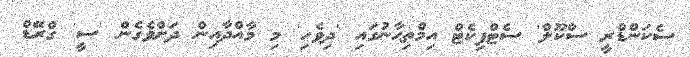
ސެކަންޑްރީ ސްކޫލް' ސެޓްފިކެޓް އިމްތިޙާނުގައި 'ދިވެހި' މި މާއްދާއިން ދަށްވެގެން 'ސީ' ގްރޭޑް